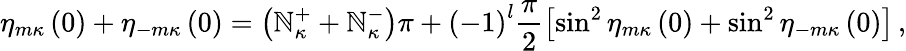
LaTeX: \eta_{m\kappa}\left(0\right)+\eta_{-m\kappa}\left(0\right)=\left(\mathbb{N}_{\kappa}^{+}+\mathbb{N}_{\kappa}^{-}\right)\pi+\left(-1\right)^{l}\frac{{\pi}}{{2}}\left[\sin^{2}\eta_{m\kappa}\left(0\right)+\sin^{2}\eta_{-m\kappa}\left(0\right)\right]\, ,